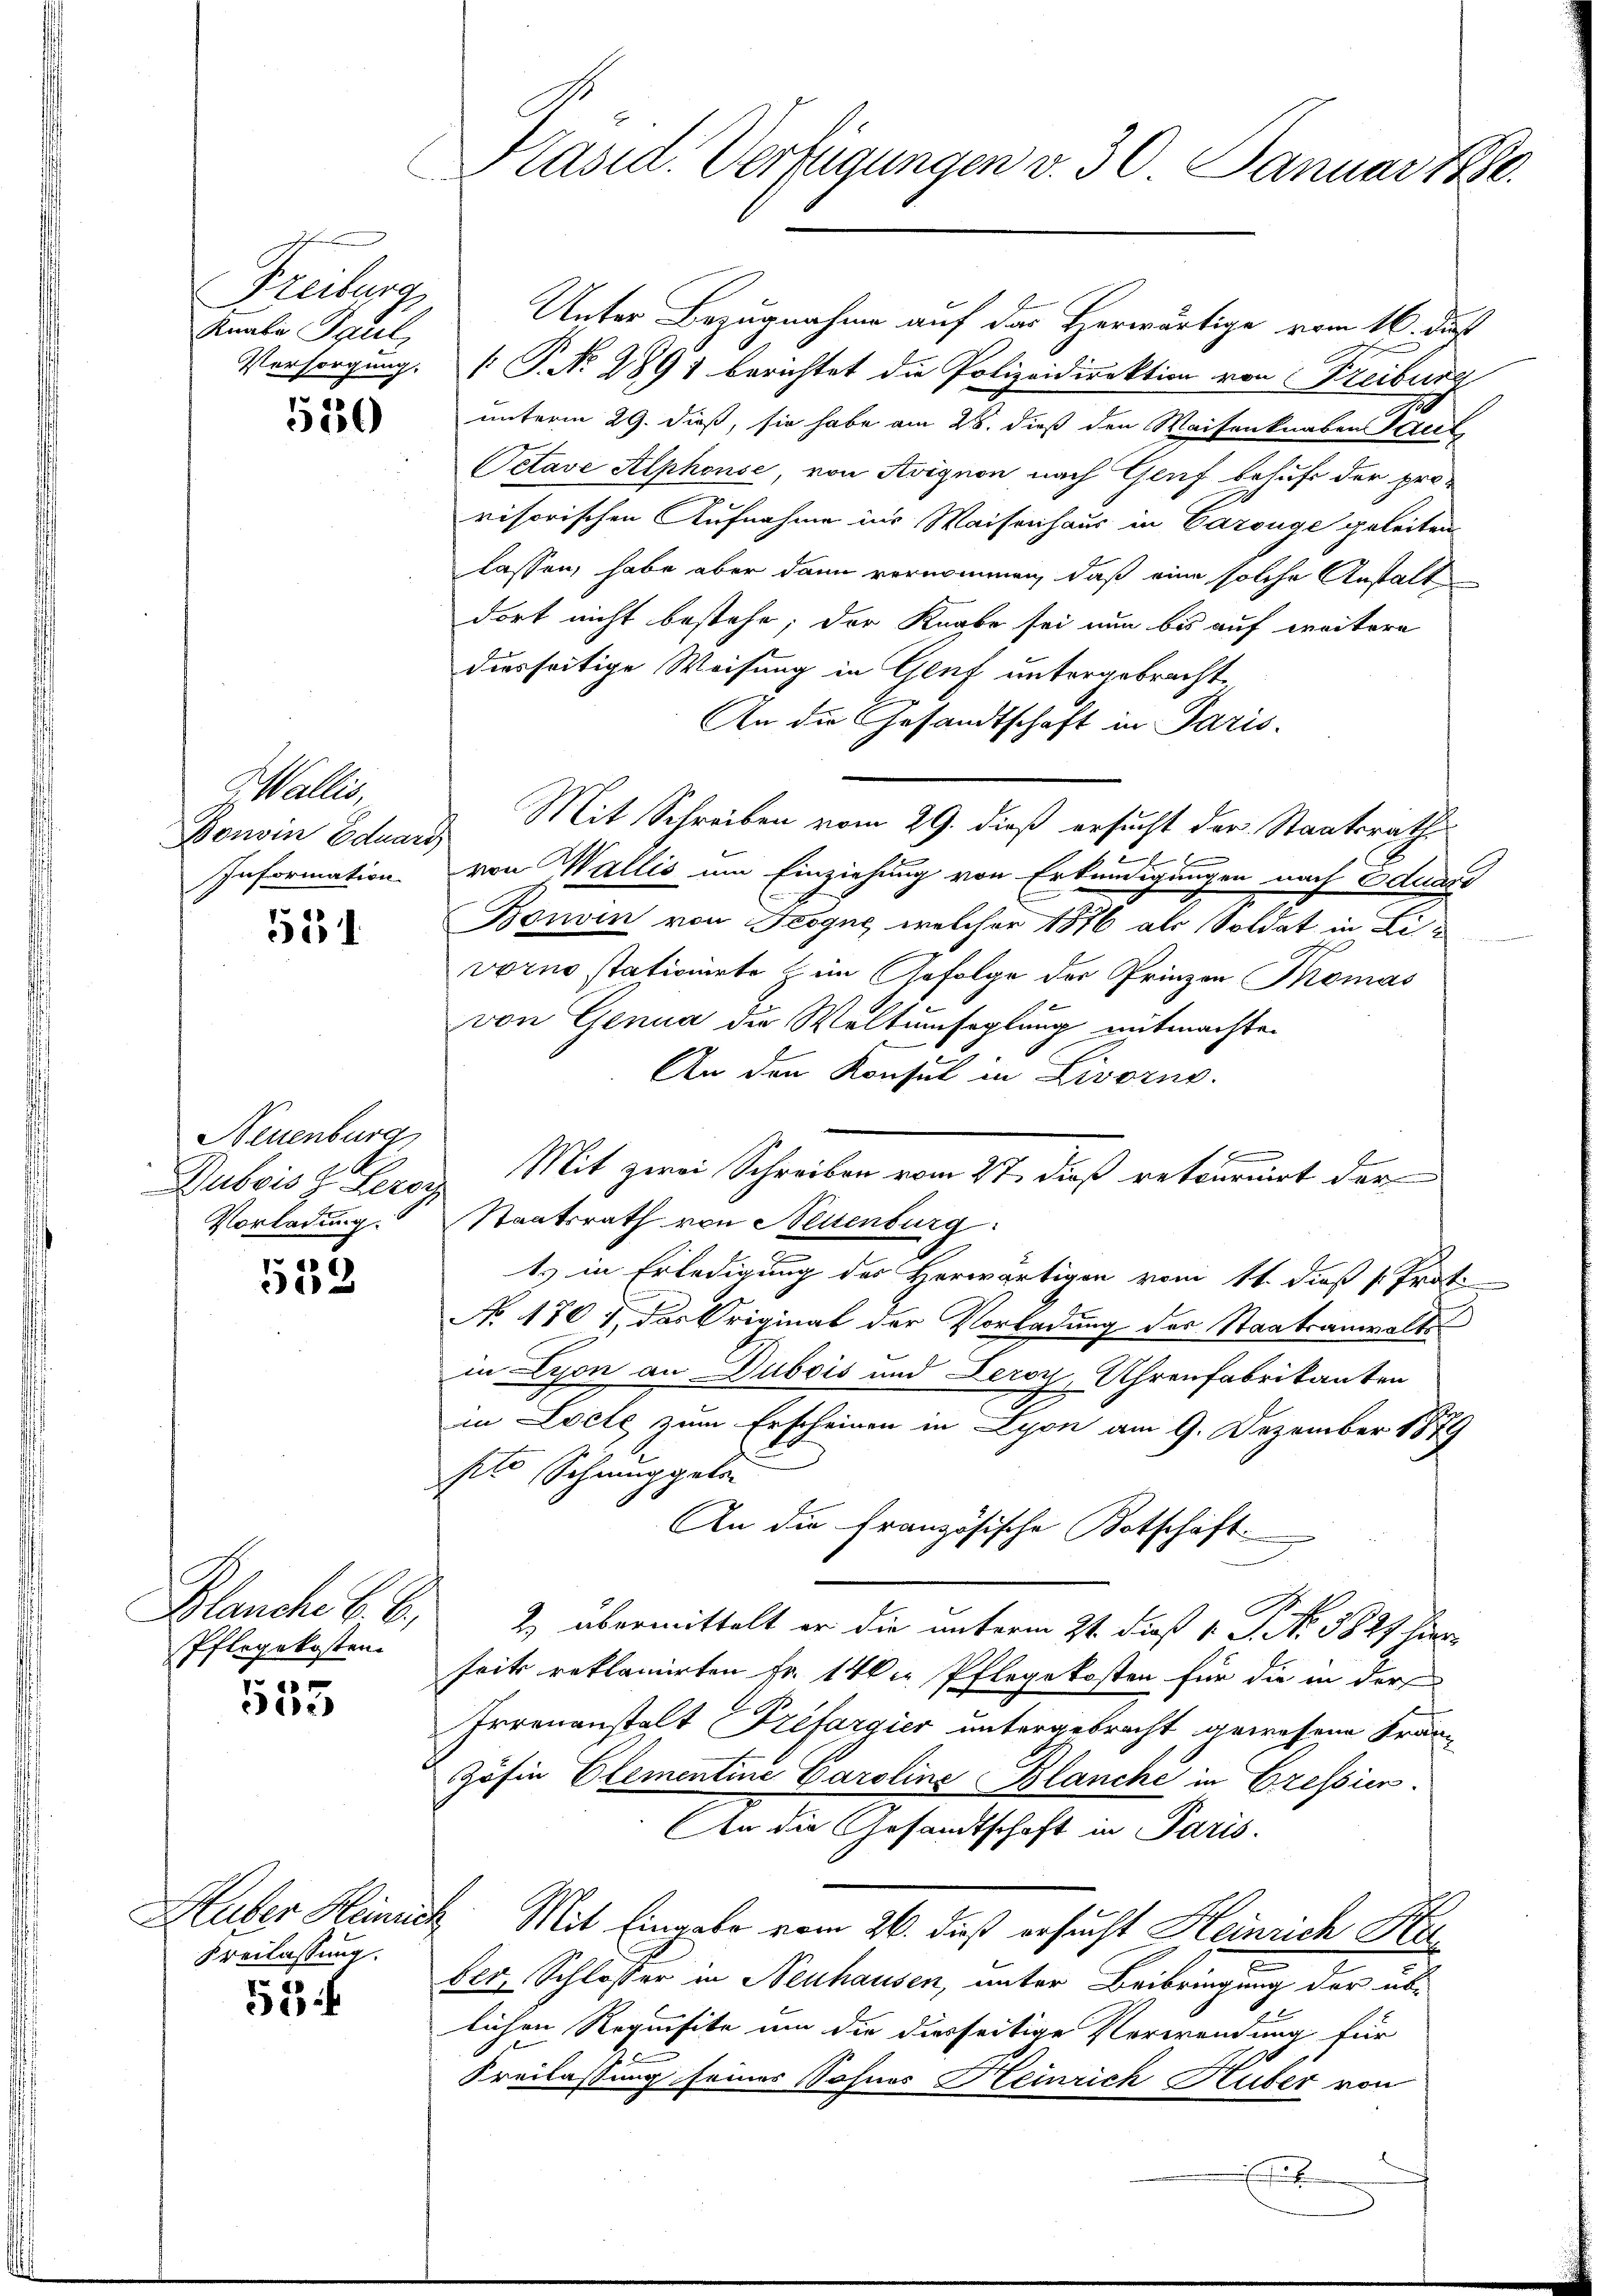
Freiburg
Knabe Paul,

530

Galler
Bonvin Eduard
Information

531

Neuenburg
Dubois H. Veror
Vorladung.

552

Pflegekosten.
7

5552

Freilassung.

53

Kasid. Verfügungen v. 30 Januar 1880.

Unter Bezugnahme auf das Herwärtige vom 16. du
Versorgung.  P. No. 2891 berichtet die Polizeidirektion von Freiburg
unterm 29. dieß, sie habe am 28. dieß den Waisenknaben Stell
Oetave Alphonse, von Avignon nach Genf behufs der pro-
risorischen Aufnahme ins Waisenhaus in Carouge geleiten
lassen, habe aber dann vernommen, daß eine solche Anstalt
dort nicht bestehe; der Knabe sei nun bis auf weitere
dierseitige Weisung in Genf untergebracht
An die Gesandtschaft in Paris.
Mit Schreiben vom 29. dieß ersucht der Staatsrath
e
von Wallis um Einziehung von Erkundigungen nach Eduard
Bonvin von Fesgne, welcher 1876 als Soldat in Lir
vorno stationirte im Gefolge der Prinzen Thomas
von Genua die Weltumseglung mitmachte.
An den Konsul in Livorno.
E
Mit zwei Schreiben vom 27. dieß retournirt der
Staatsrath von Nettenburg
ts in Erledigung des Herwärtigen vom 11. dieß (: Prot
No 1707, das Original der Vorladung des Staatsanwalts-
in Lyon an Dubois und Leroy, Uhrenfabrikanten
in Loele zum Erscheinen in Lyon am 9. Dezember 1874
pto Schnuppelin
An die französische Botschäft
Blanche B. C. 2) übermittelt er die unterm 21. dieß v. J. No. 1821 hier
seits reklamirten Fr. 140. Pflegekosten für die in der
Arrenanstalt Préfargier untergebracht gewesene Fran¬
Zöfin Elementine Caroline Blanche in Cressien
An die Gesandtschaft in Paris.
Huber Heinrich. Mit Eingabe vom 26. dieß ersucht Heinrich He
ber, Schlosser in Neuhausen, unter Beibringung der üblichen Requisite um die diesseitige Verwendung für
Freilassung seines Sohnes Heinrich Huber von
x